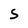
Character: S